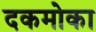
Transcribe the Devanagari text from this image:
दकमोका